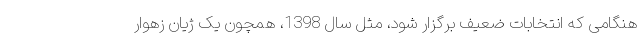
هنگامی که انتخابات ضعیف برگزار شود، مثل سال 1398، همچون یک ژیان زهوار